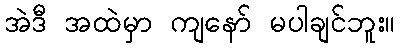
အဲဒီ အထဲမှာ ကျနော် မပါချင်ဘူး။